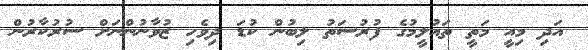
އަދި މިއީ މަތީ ތައުލީމުގެ ފުރުސަތު ލިބުން ކުޑަ ދިވެހި ޒުވާނުންނަށް ސުރުކާރުން